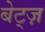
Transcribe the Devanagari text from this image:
बेट्ज़